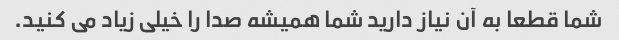
شما قطعا به آن نیاز دارید شما همیشه صدا را خیلی زیاد می کنید.